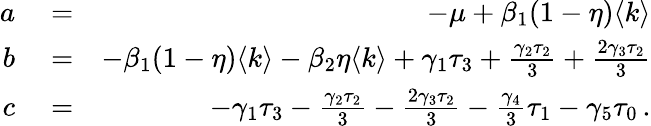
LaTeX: \begin{array}{rlr}{a}&{{}=}&{-\mu+\beta_{1}(1-\eta)\langle k\rangle}\\ {b}&{{}=}&{-\beta_{1}(1-\eta)\langle k\rangle-\beta_{2}\eta\langle k\rangle+\gamma_{1}\tau_{3}+\frac{\gamma_{2}\tau_{2}}{3}+\frac{2\gamma_{3}\tau_{2}}{3}}\\ {c}&{{}=}&{-\gamma_{1}\tau_{3}-\frac{\gamma_{2}\tau_{2}}{3}-\frac{2\gamma_{3}\tau_{2}}{3}-\frac{\gamma_{4}}{3}\tau_{1}-\gamma_{5}\tau_{0}\, .}\end{array}